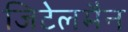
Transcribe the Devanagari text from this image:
जिटेलमैन